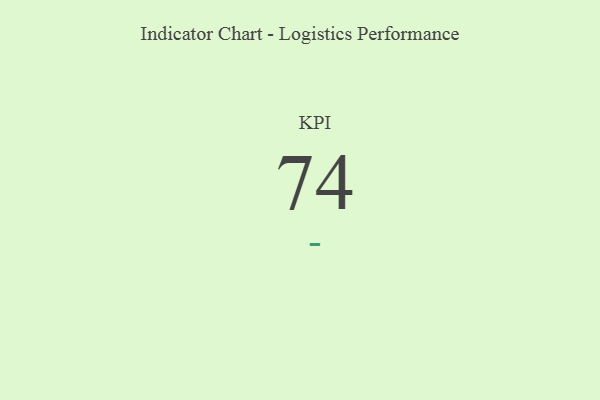
{"axis": {"x": "KPI", "y": "Value"}, "legend": [""], "data": [{"x": "KPI", "y": 74, "type": ""}]}